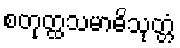
စတုတ္ထသမာဓိသုတ္တံ